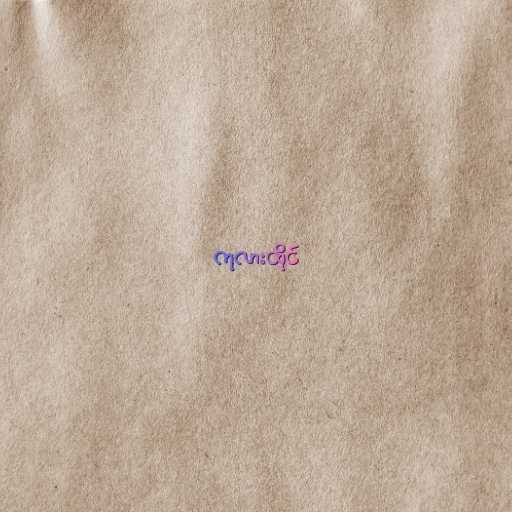
ကုလားထိုင်